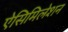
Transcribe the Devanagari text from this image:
ऐसिमिलेशन